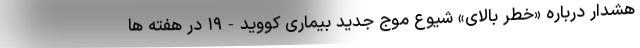
هشدار درباره «خطر بالای» شیوع موج جدید بیماری کووید-۱۹ در هفته ها